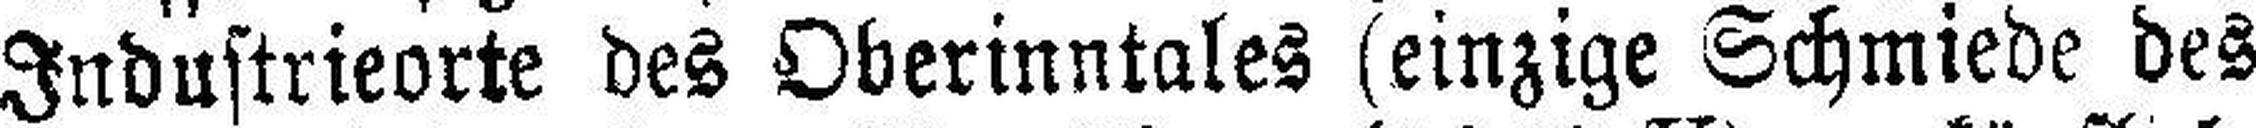
Industrieorte des Oberinntales (einzige Schmiede des